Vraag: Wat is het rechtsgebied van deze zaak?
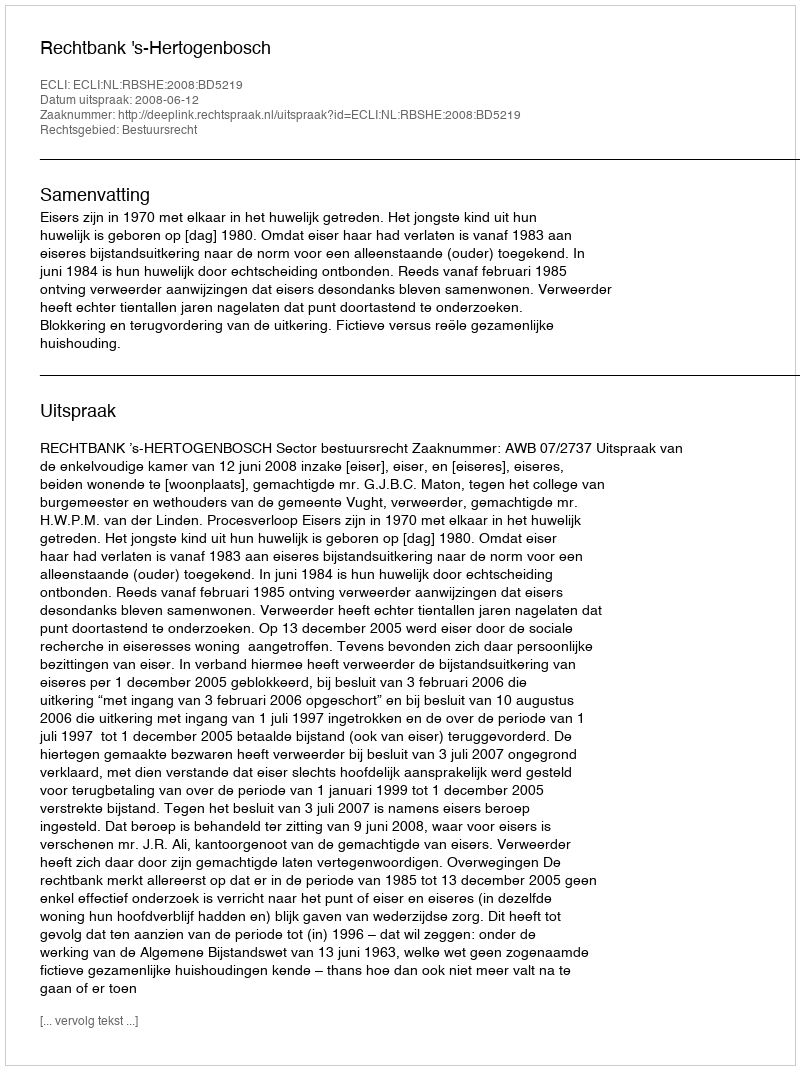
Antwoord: Bestuursrecht